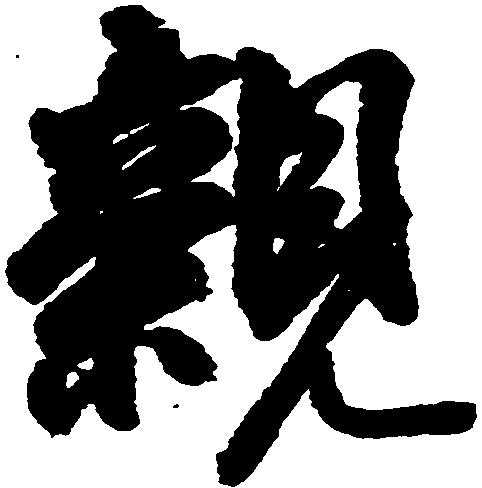
親